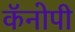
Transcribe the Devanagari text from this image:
कॅनोपी